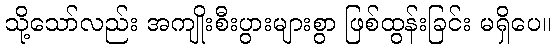
သို့သော်လည်း အကျိုးစီးပွားများစွာ ဖြစ်ထွန်းခြင်း မရှိပေ။